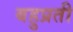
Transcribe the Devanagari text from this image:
बहुप्रती